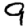
Digit: 9